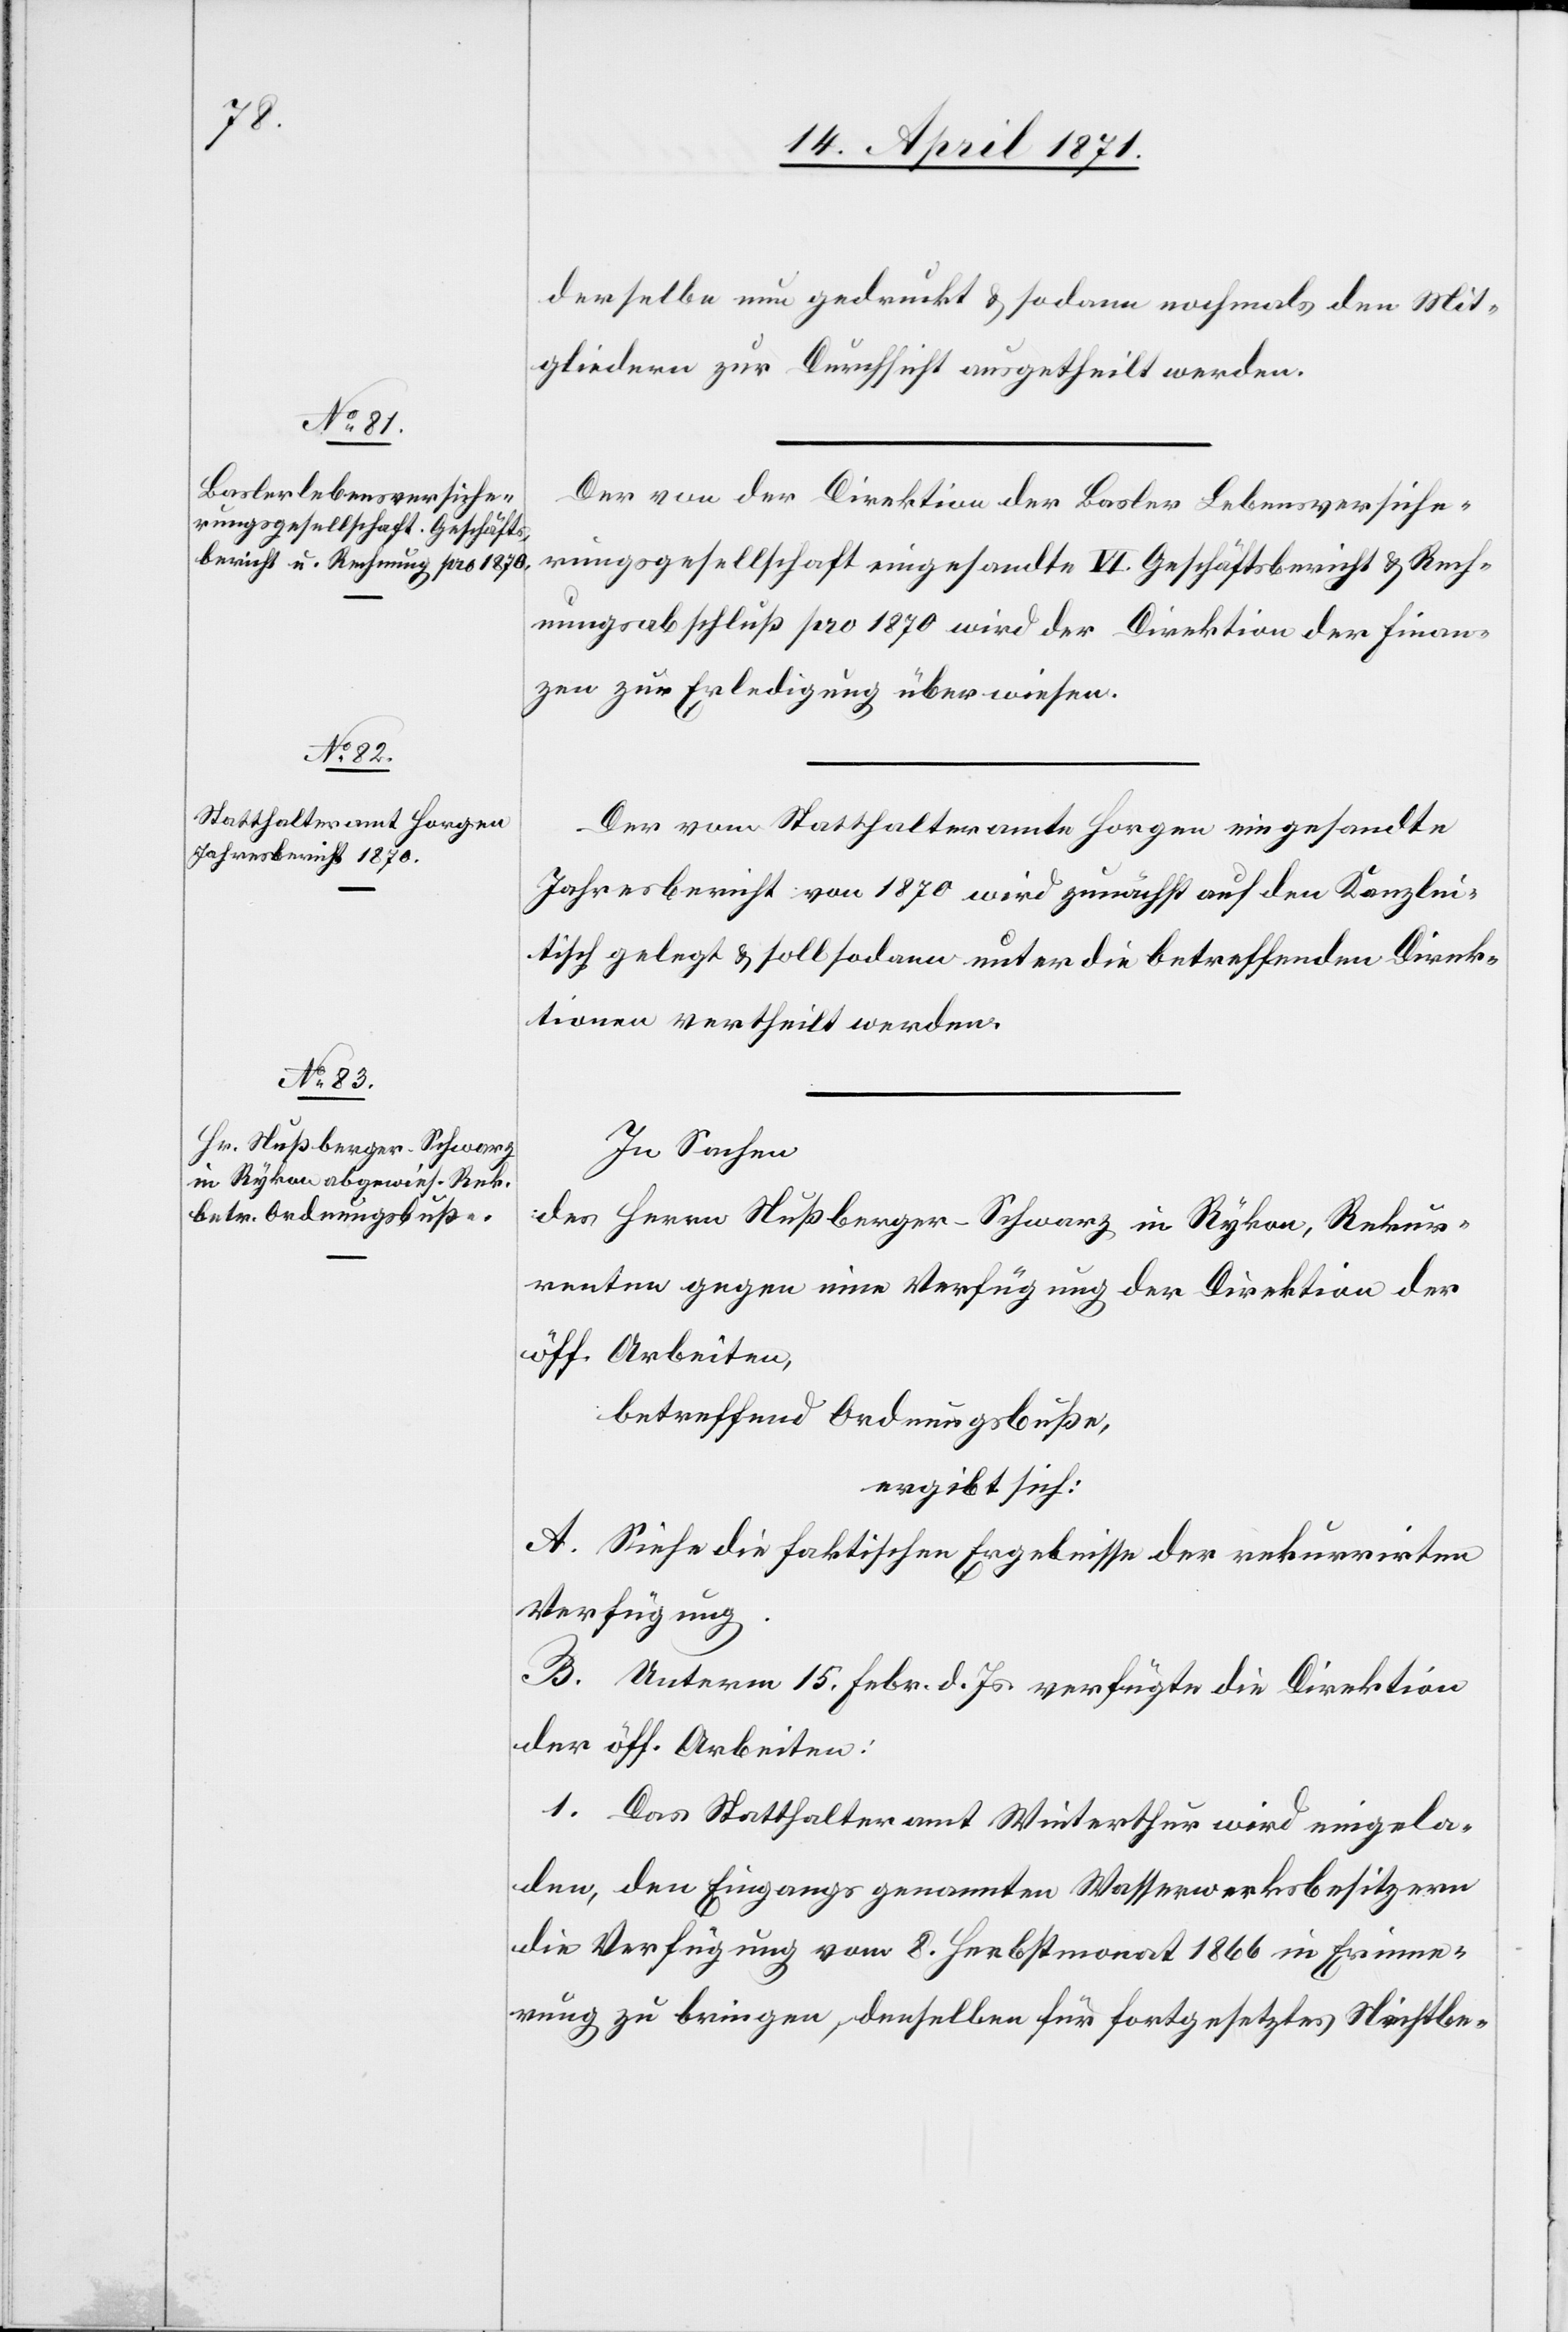
derselbe nun gedruckt u. sodann nochmals den Mit¬
gliedern zur Durchsicht ausgetheilt werden.
Der von der Direktion der Basler Lebensversiche¬
rungsgesellschaft eingesandte VI. Geschäftsbericht u. Rech¬
nungsabschluß pro 1870 wird der Direktion der Finan¬
zen zur Erledigung überwiesen.
Der vom Statthalteramte Horgen eingesandte
Jahresbericht von 1870 wird zunächst auf den Kanzlei¬
tisch gelegt u. soll sodann unter die betreffenden Direk¬
tionen vertheilt werden.
In Sachen
des Herrn Nußberger-Schwarz in Rykon, Rekur¬
renten gegen eine Verfügung der Direktion der
öff. Arbeiten,
betreffend Ordnungsbuße,
ergibt sich:
A. Siehe die faktischen Ergebnisse der rekurrirten
Verfügung.
B. Unterm 15. Febr. d. Js. verfügte die Direktion
der öff. Arbeiten:
1. Das Statthalteramt Winterthur wird eingela¬
den, den Eingangs genannten Wasserwerksbesitzern
die Verfügung vom 8. Herbstmonat 1866 in Erinne¬
rung zu bringen, denselben für fortgesetztes Nichtbe-